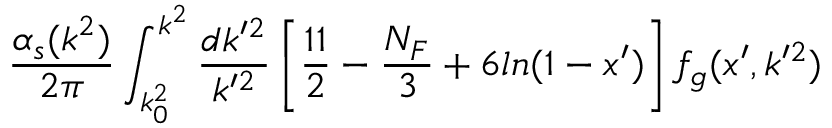
{ \frac { \alpha _ { s } ( k ^ { 2 } ) } { 2 \pi } } \int _ { k _ { 0 } ^ { 2 } } ^ { k ^ { 2 } } { \frac { d k ^ { \prime 2 } } { k ^ { \prime 2 } } } \left[ { \frac { 1 1 } { 2 } } - { \frac { N _ { F } } { 3 } } + 6 l n ( 1 - x ^ { \prime } ) \right] f _ { g } ( x ^ { \prime } , k ^ { \prime 2 } )